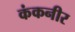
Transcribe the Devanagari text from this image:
कंकनीर